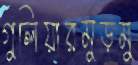
গুলিয়ারমুড়মু